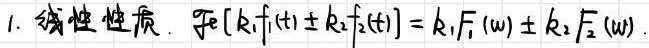
1. 线性性质. $\mathcal{F}[k_1f_1(t)\pm k_2f_2(t)] = k_1F_1(\omega)\pm k_2F_2(\omega)$.